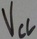
Text: VCC